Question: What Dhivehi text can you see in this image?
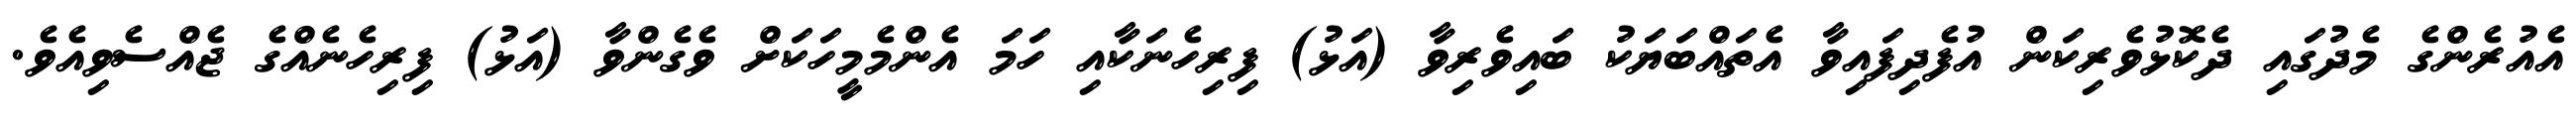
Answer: އެއުރެންގެ މެދުގައި ދެކޮޅުވެރިކަން އުފެދިފައިވާ އެތައްބަޔަކު ބައިވެރިވާ (އަޅު) ފިރިހެނަކާއި ހަމަ އެންމެމީހަކަށް ވެގެންވާ (އަޅު) ފިރިހެނެއްގެ ޖެއްސެވިއެވެ.